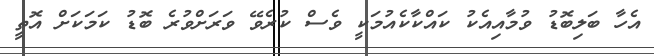
އެހާ ބަލިބޮޑު ވުމާއިއެކު ކައްކާކެއުމަކީ ވެސް ކުރެވޭ ވަރަށްވުރެ ބޮޑު ކަމަކަށް އޮތީ